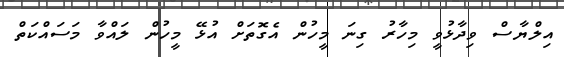
އިލްޔާސް ވިދާޅުވީ މިހާރު ގިނަ މީހުން އެގޮތަށް އުޅޭ މީހުން ލައްވާ މަސައްކަތް